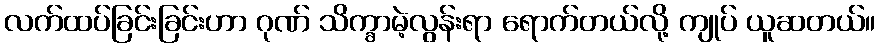
လက်ထပ်ခြင်းခြင်းဟာ ဂုဏ် သိက္ခာမဲ့လွန်းရာ ရောက်တယ်လို့ ကျုပ် ယူဆတယ်။